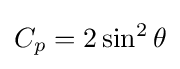
C_{p}=2\sin ^{2}\theta